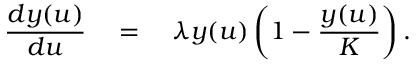
\frac { d y ( u ) } { d u } \quad = \quad \lambda y ( u ) \left( 1 - \frac { y ( u ) } { K } \right) .